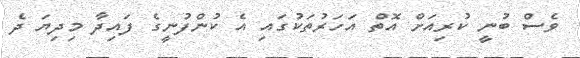
ވެސް ބުނީ ކުރިއަށް އޮތް އަހަރުތަކުގައި އެ ކުންފުނީގެ ފައިދާ މިދިޔަ ދެ